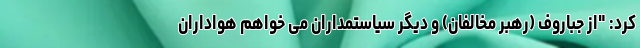
کرد: "از جباروف (رهبر مخالفان) و دیگر سیاستمداران می خواهم هواداران